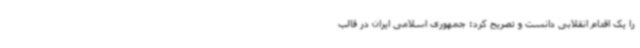
را یک اقدام انقلابی دانست و تصریح کرد: جمهوری اسلامی ایران در قالب